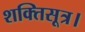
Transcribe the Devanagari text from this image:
शक्तिसूत्र।